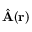
\hat { \bf A } ( { \bf r } )